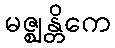
မဇ္ဈန္တိကေ